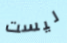
ليست